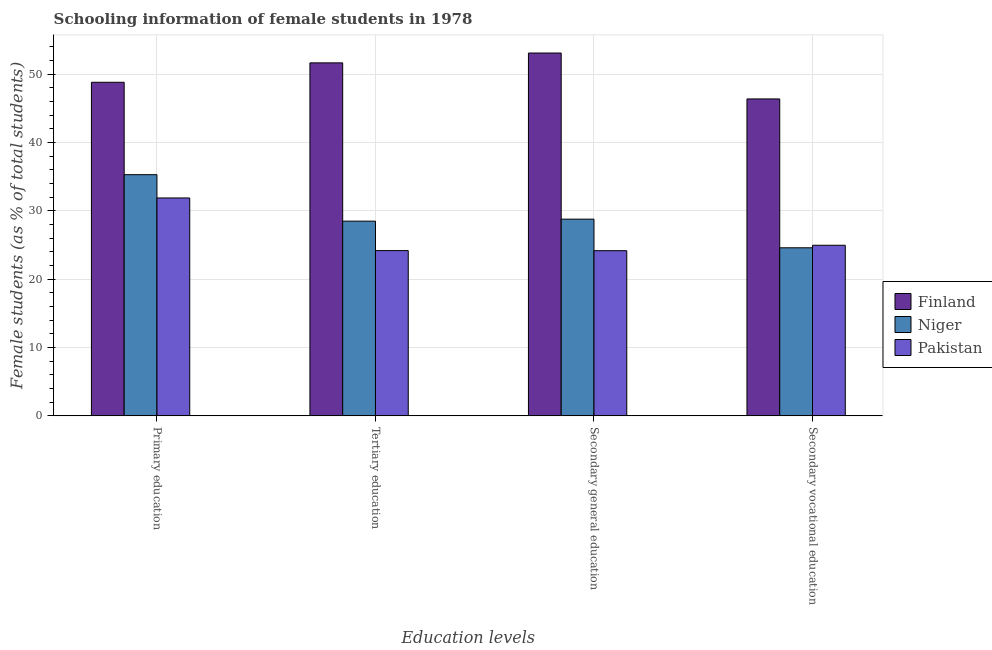
| Education levels | Finland | Niger | Pakistan |
 | --- | --- | --- | --- |
 | Primary education | 48.8 | 35.3 | 31.9 |
 | Tertiary education | 51.6 | 28.5 | 24.2 |
 | Secondary general education | 53.1 | 28.8 | 24.2 |
 | Secondary vocational education | 46.4 | 24.6 | 25 |